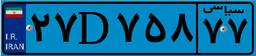
۲۷D۷۵۸۷۷